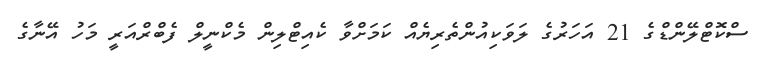
ސްކޮޓްލޭންޑްގެ 21 އަހަރުގެ ލަވަކިއުންތެރިޔެއް ކަމަށްވާ ކެއިޓްލިން މެކްނީލް ފެބްރްއަރީ މަހު އޭނާގެ